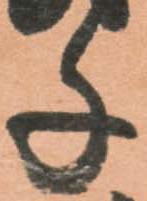
千